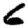
Digit: 6